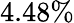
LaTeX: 4.48\%